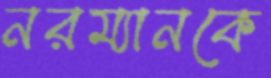
নরম্যানকে